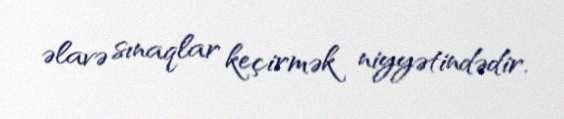
əlavə sınaqlar keçirmək niyyətindədir.